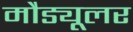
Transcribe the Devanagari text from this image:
मौड्यूलर